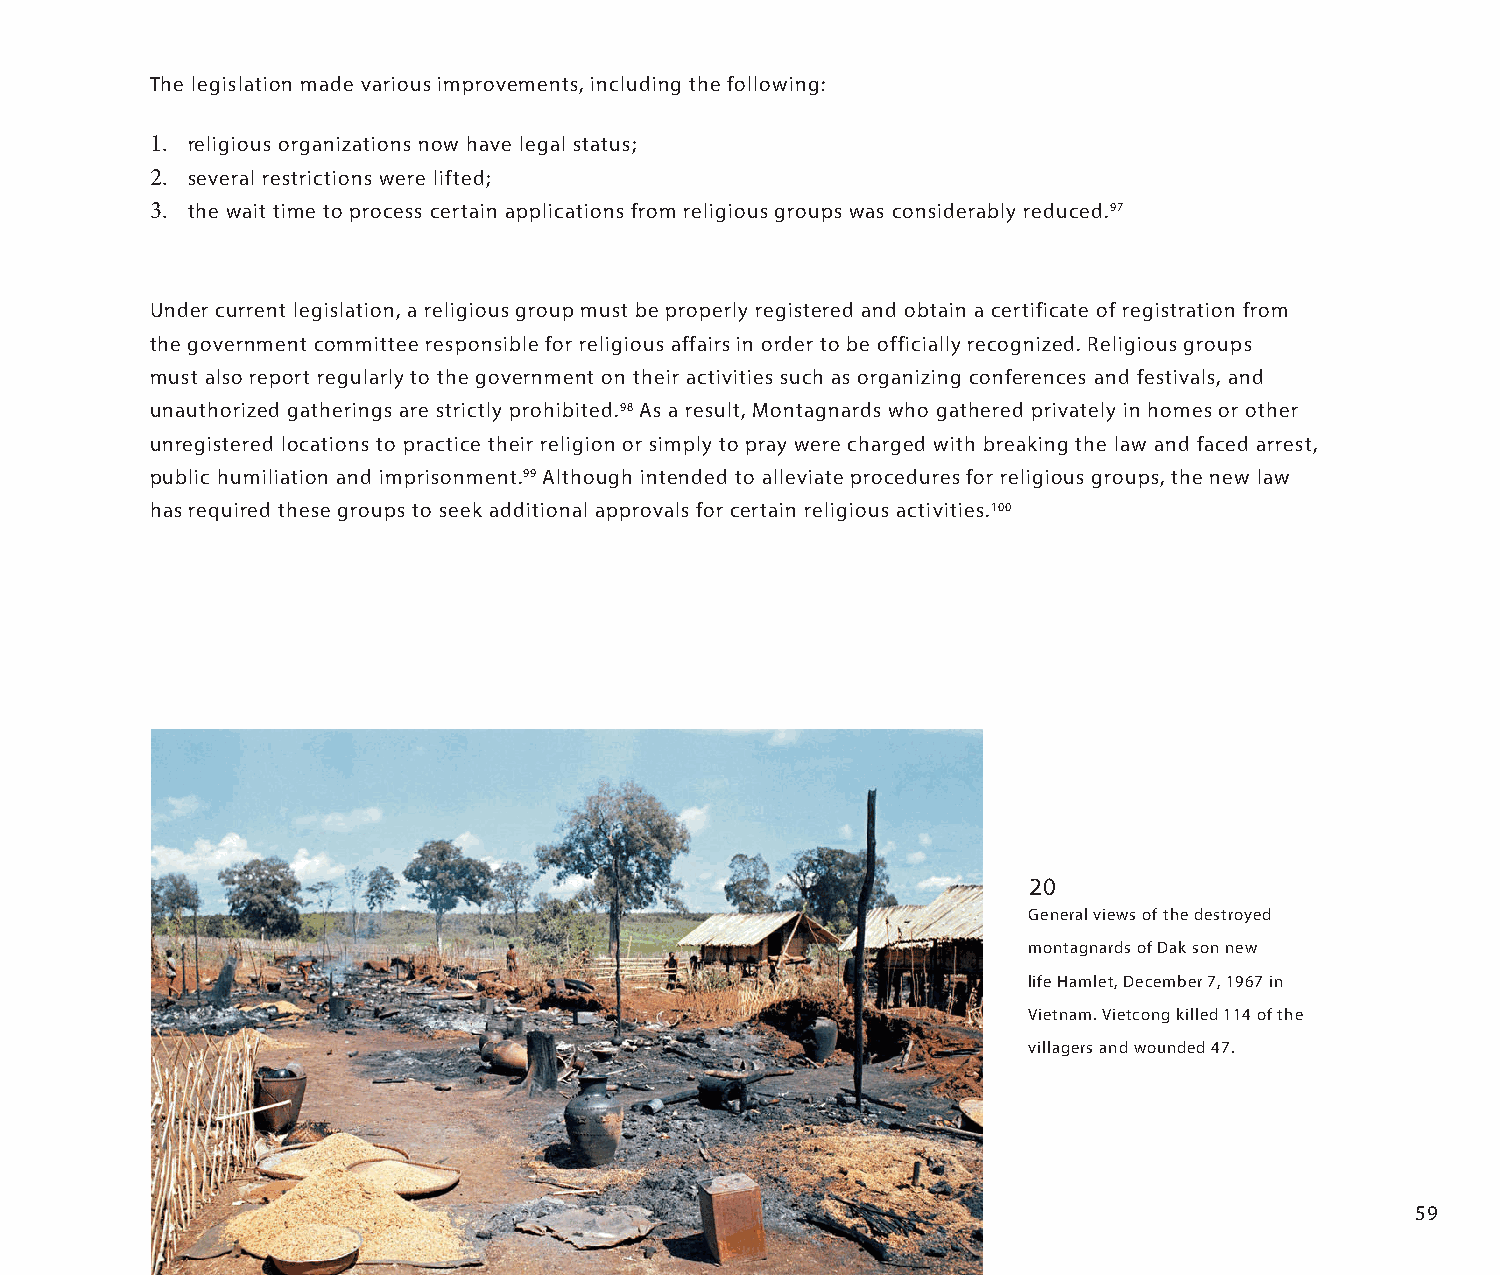
The legislation made various improvements, including the following:
 1. religious organizations now have legal status;
 2. several restrictions were lifted;
 3. the wait time to process certain applications from religious groups was considerably reduced.97
 Under current legislation, a religious group must be properly registered and obtain a certificate of registration from
 the government committee responsible for religious affairs in order to be officially recognized. Religious groups
 must also report regularly to the government on their activities such as organizing conferences and festivals, and
 unauthorized gatherings are strictly prohibited.98 As a result, Montagnards who gathered privately in homes or other
 unregistered locations to practice their religion or simply to pray were charged with breaking the law and faced arrest,
 public humiliation and imprisonment.99 Although intended to alleviate procedures for religious groups, the new law
 has required these groups to seek additional approvals for certain religious activities.100
 20
 General views of the destroyed
 montagnards of Dak son new
 life Hamlet, December 7, 1967 in
 Vietnam. Vietcong killed 114 of the
 villagers and wounded 47.
 59